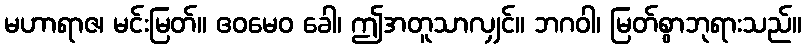
မဟာရာဇ၊ မင်းမြတ်။ ဧဝမေဝ ခေါ၊ ဤအတူသာလျှင်။ ဘဂဝါ၊ မြတ်စွာဘုရားသည်။